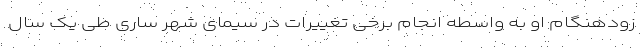
زودهنگام او به واسطه انجام برخی تغییرات در سیمای شهر ساری طی یک سال